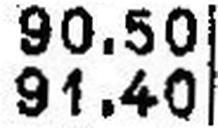
91.40